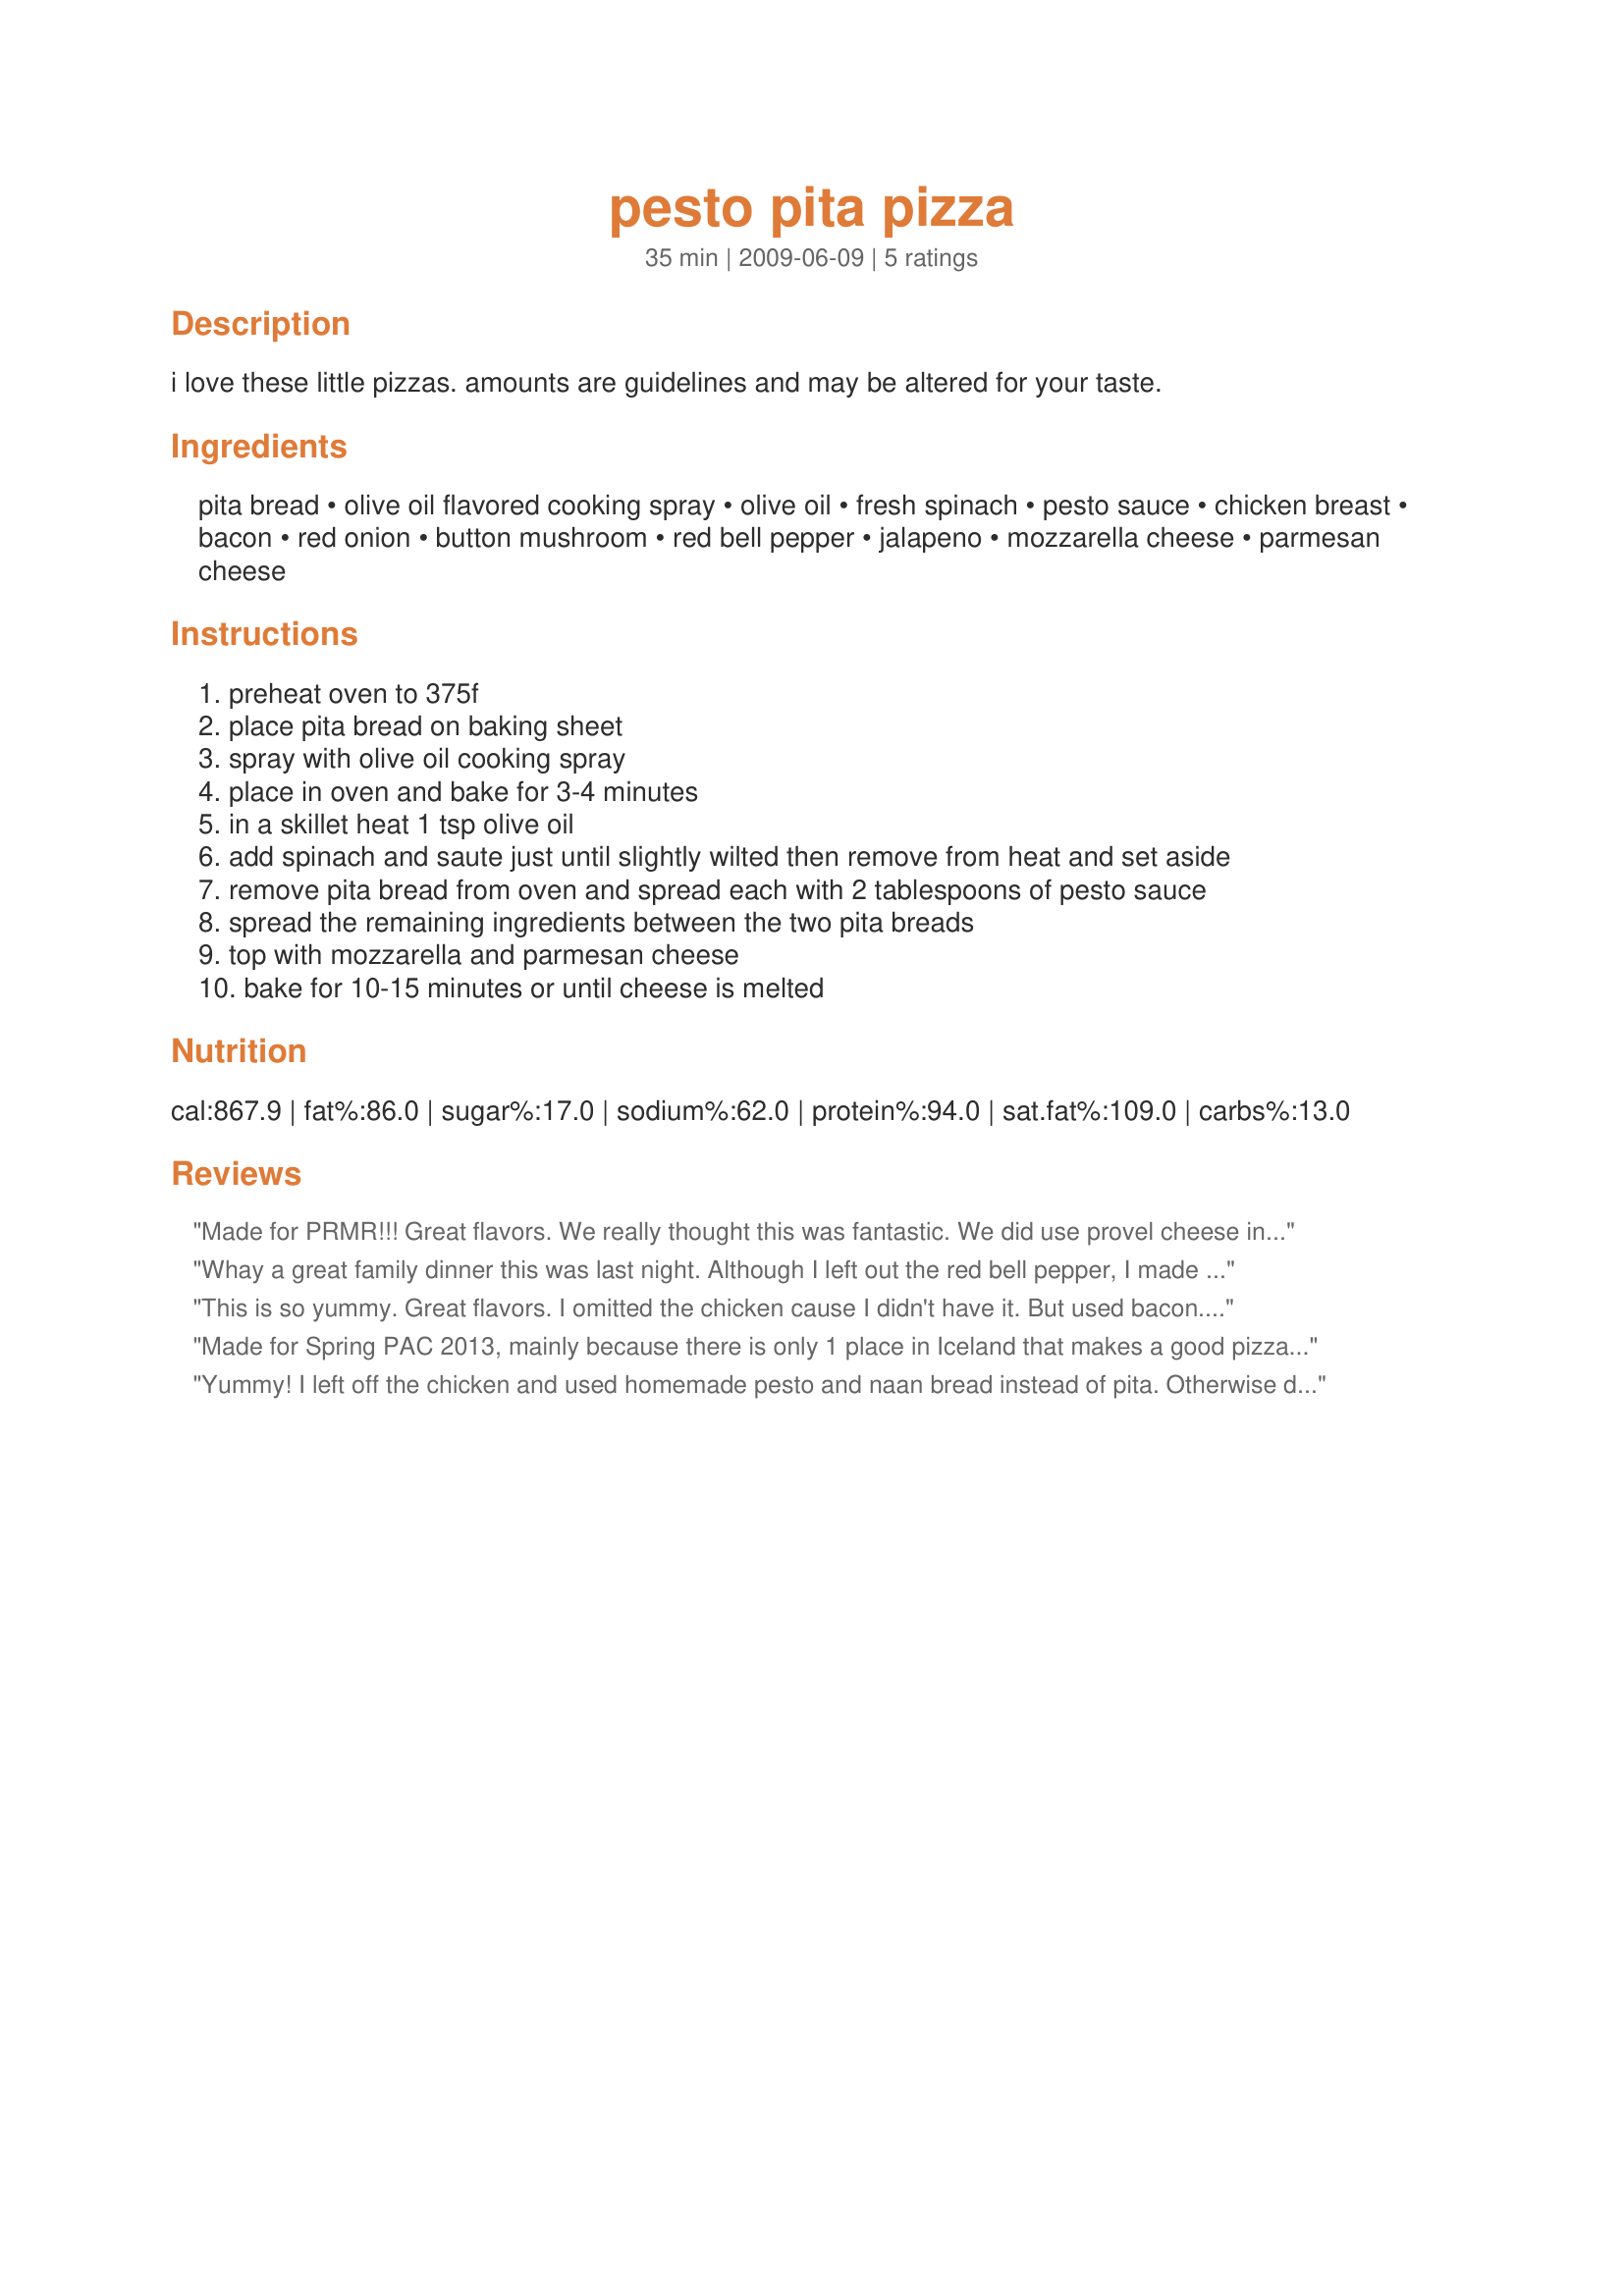
pesto pita pizza
Preparation time: 35 minutes

i love these little pizzas. amounts are guidelines and may be altered for your taste.

Ingredients:
pita bread, olive oil flavored cooking spray, olive oil, fresh spinach, pesto sauce, chicken breast, bacon, red onion, button mushroom, red bell pepper, jalapeno, mozzarella cheese, parmesan cheese

Steps:
preheat oven to 375f
place pita bread on baking sheet
spray with olive oil cooking spray
place in oven and bake for 3-4 minutes
in a skillet heat 1 tsp olive oil
add spinach and saute just until slightly wilted then remove from heat and set aside
remove pita bread from oven and spread each with 2 tablespoons of pesto sauce
spread the remaining ingredients between the two pita breads
top with mozzarella and parmesan cheese
bake for 10-15 minutes or until cheese is melted

Reviews:
Made for PRMR!!! Great flavors. We really thought this was fantastic. We did use provel cheese instead of mozzarella as that is our cheese of choice for pizza. It will be making a reappearance at our house. Thanks so much.
Whay a great family dinner this was last night. Although I left out the red bell pepper, I made the recipe as posted. This was very good, and will repeat again. Made for PRMR tag.
This is so yummy. Great flavors. I omitted the chicken cause I didn't have it. But used bacon. I used only mozzarella on top. This was filling enough for me. Thanks ~Nimz~ :) Made for PRMR tag game
Made for Spring PAC 2013, mainly because there is only 1 place in Iceland that makes a good pizza &amp; its 45 mi away! Pita bread is my go-to start when I crave a pizza &amp; this recipe worked very well for us w/some pers pref chgs. DH sadly does not care for spinach, so I left that out &amp; also reduced the jalapeno for his sake. I esp loved using red pesto here, but could not imagine a pizza w/o garlic so I added it generously. The rest was made as written &amp; DH was mighty happy as he &quot;made his pizza disappear&quot;. Thx for sharing this recipe w/us. :)
Yummy! I left off the chicken and used homemade pesto and naan bread instead of pita. Otherwise didn't change anything (except my pepper was diced not sliced). Thanks for the recipe!
